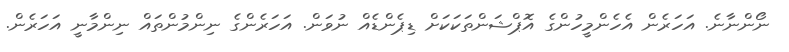
ނޯންނާނެ. އަހަރެން އެހެންމީހުންގެ އޮޕްޝަންތަކަކަށް ޑިޕެންޑެއް ނުވަން. އަހަރެންގެ ނިންމުންތައް ނިންމާނީ އަހަރެން.